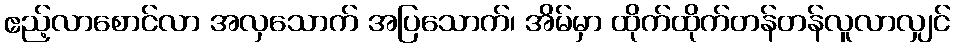
ဧည့်လာစောင်လာ အလှသောက် အပြသောက်၊ အိမ်မှာ ထိုက်ထိုက်တန်တန်လူလာလျှင်